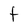
Character: t